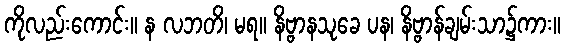
ကိုလည်းကောင်း။ န လဘတိ၊ မရ။ နိဗ္ဗာနသုခေ ပန၊ နိဗ္ဗာန်ချမ်းသာ၌ကား။